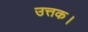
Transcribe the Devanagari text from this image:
उत्तक।